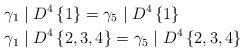
LaTeX: \begin{align*}\gamma_{1} & \mid D^{4}\left\{ 1\right\} =\gamma_{5}\mid D^{4}\left\{1\right\} \\\gamma_{1} & \mid D^{4}\left\{ 2,3,4\right\} =\gamma_{5}\mid D^{4}\left\{2,3,4\right\} \end{align*}